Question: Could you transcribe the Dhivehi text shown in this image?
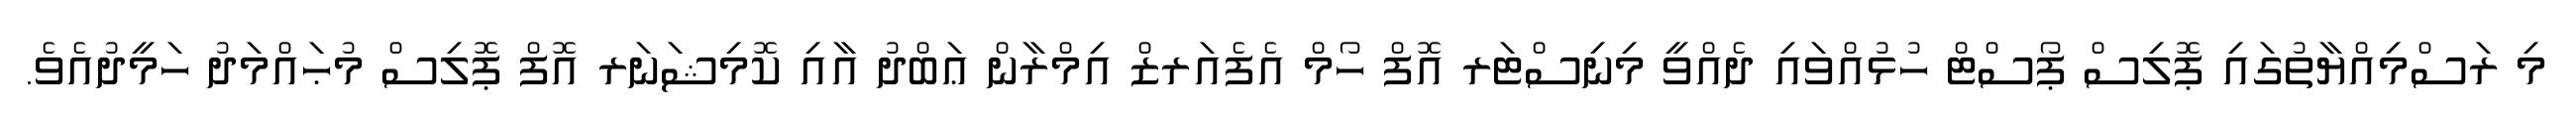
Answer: މި ރަސްމިއްޔާތުގައި ޕޮލިސް ޕޯސްޓް ހުޅުއްވައި ދެއްވީ މިނިސްޓަރ އޮފް ހޯމް އެފެއަރޒް އިމްރާން ޢަބްދު އާއި ކޮމިޝަނަރ އޮފް ޕޮލިސް މުޙައްމަދު ހަމީދުއެވެ.